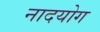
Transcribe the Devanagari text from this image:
नादयोग